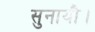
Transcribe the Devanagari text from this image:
सुनायौ।